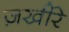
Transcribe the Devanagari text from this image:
ज़खीरे